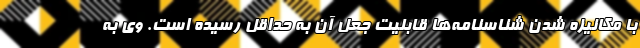
با مکانیزه شدن شناسنامه‌ها قابلیت جعل آن به حداقل رسیده است. وی به